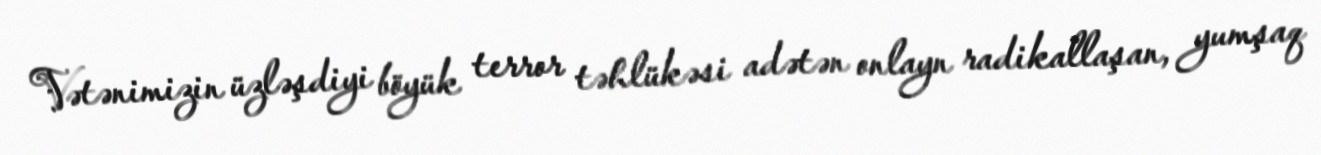
Vətənimizin üzləşdiyi böyük terror təhlükəsi adətən onlayn radikallaşan, yumşaq